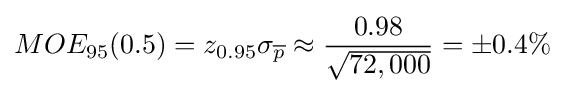
MOE_{95}(0.5)=z_{0.95}\sigma _{\overline {p}}\approx {\frac {0.98}{\sqrt {72,000}}}=\pm 0.4\%